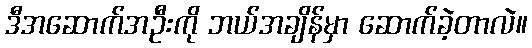
ဒီအဆောက်အဦးကို ဘယ်အချိန်မှာ ဆောက်ခဲ့တာလဲ။